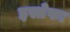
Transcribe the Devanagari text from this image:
इस्तेफा